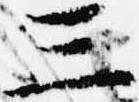
三